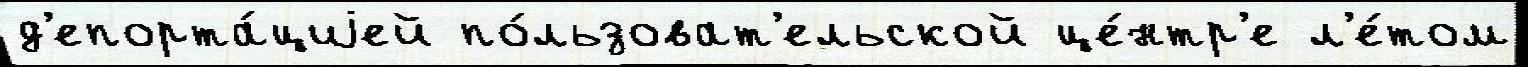
д'епорта́циjей по́льзоват'ельской це́нтр'е л'е́том